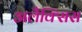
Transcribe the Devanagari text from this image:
अलैक्सिस